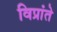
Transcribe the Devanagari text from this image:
विप्रांते